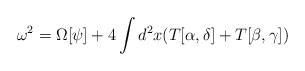
\begin{align*}\omega^2 = \Omega[\psi ] + 4 \int d^2x (T[\alpha ,\delta ] + T[\beta , \gamma ])\end{align*}